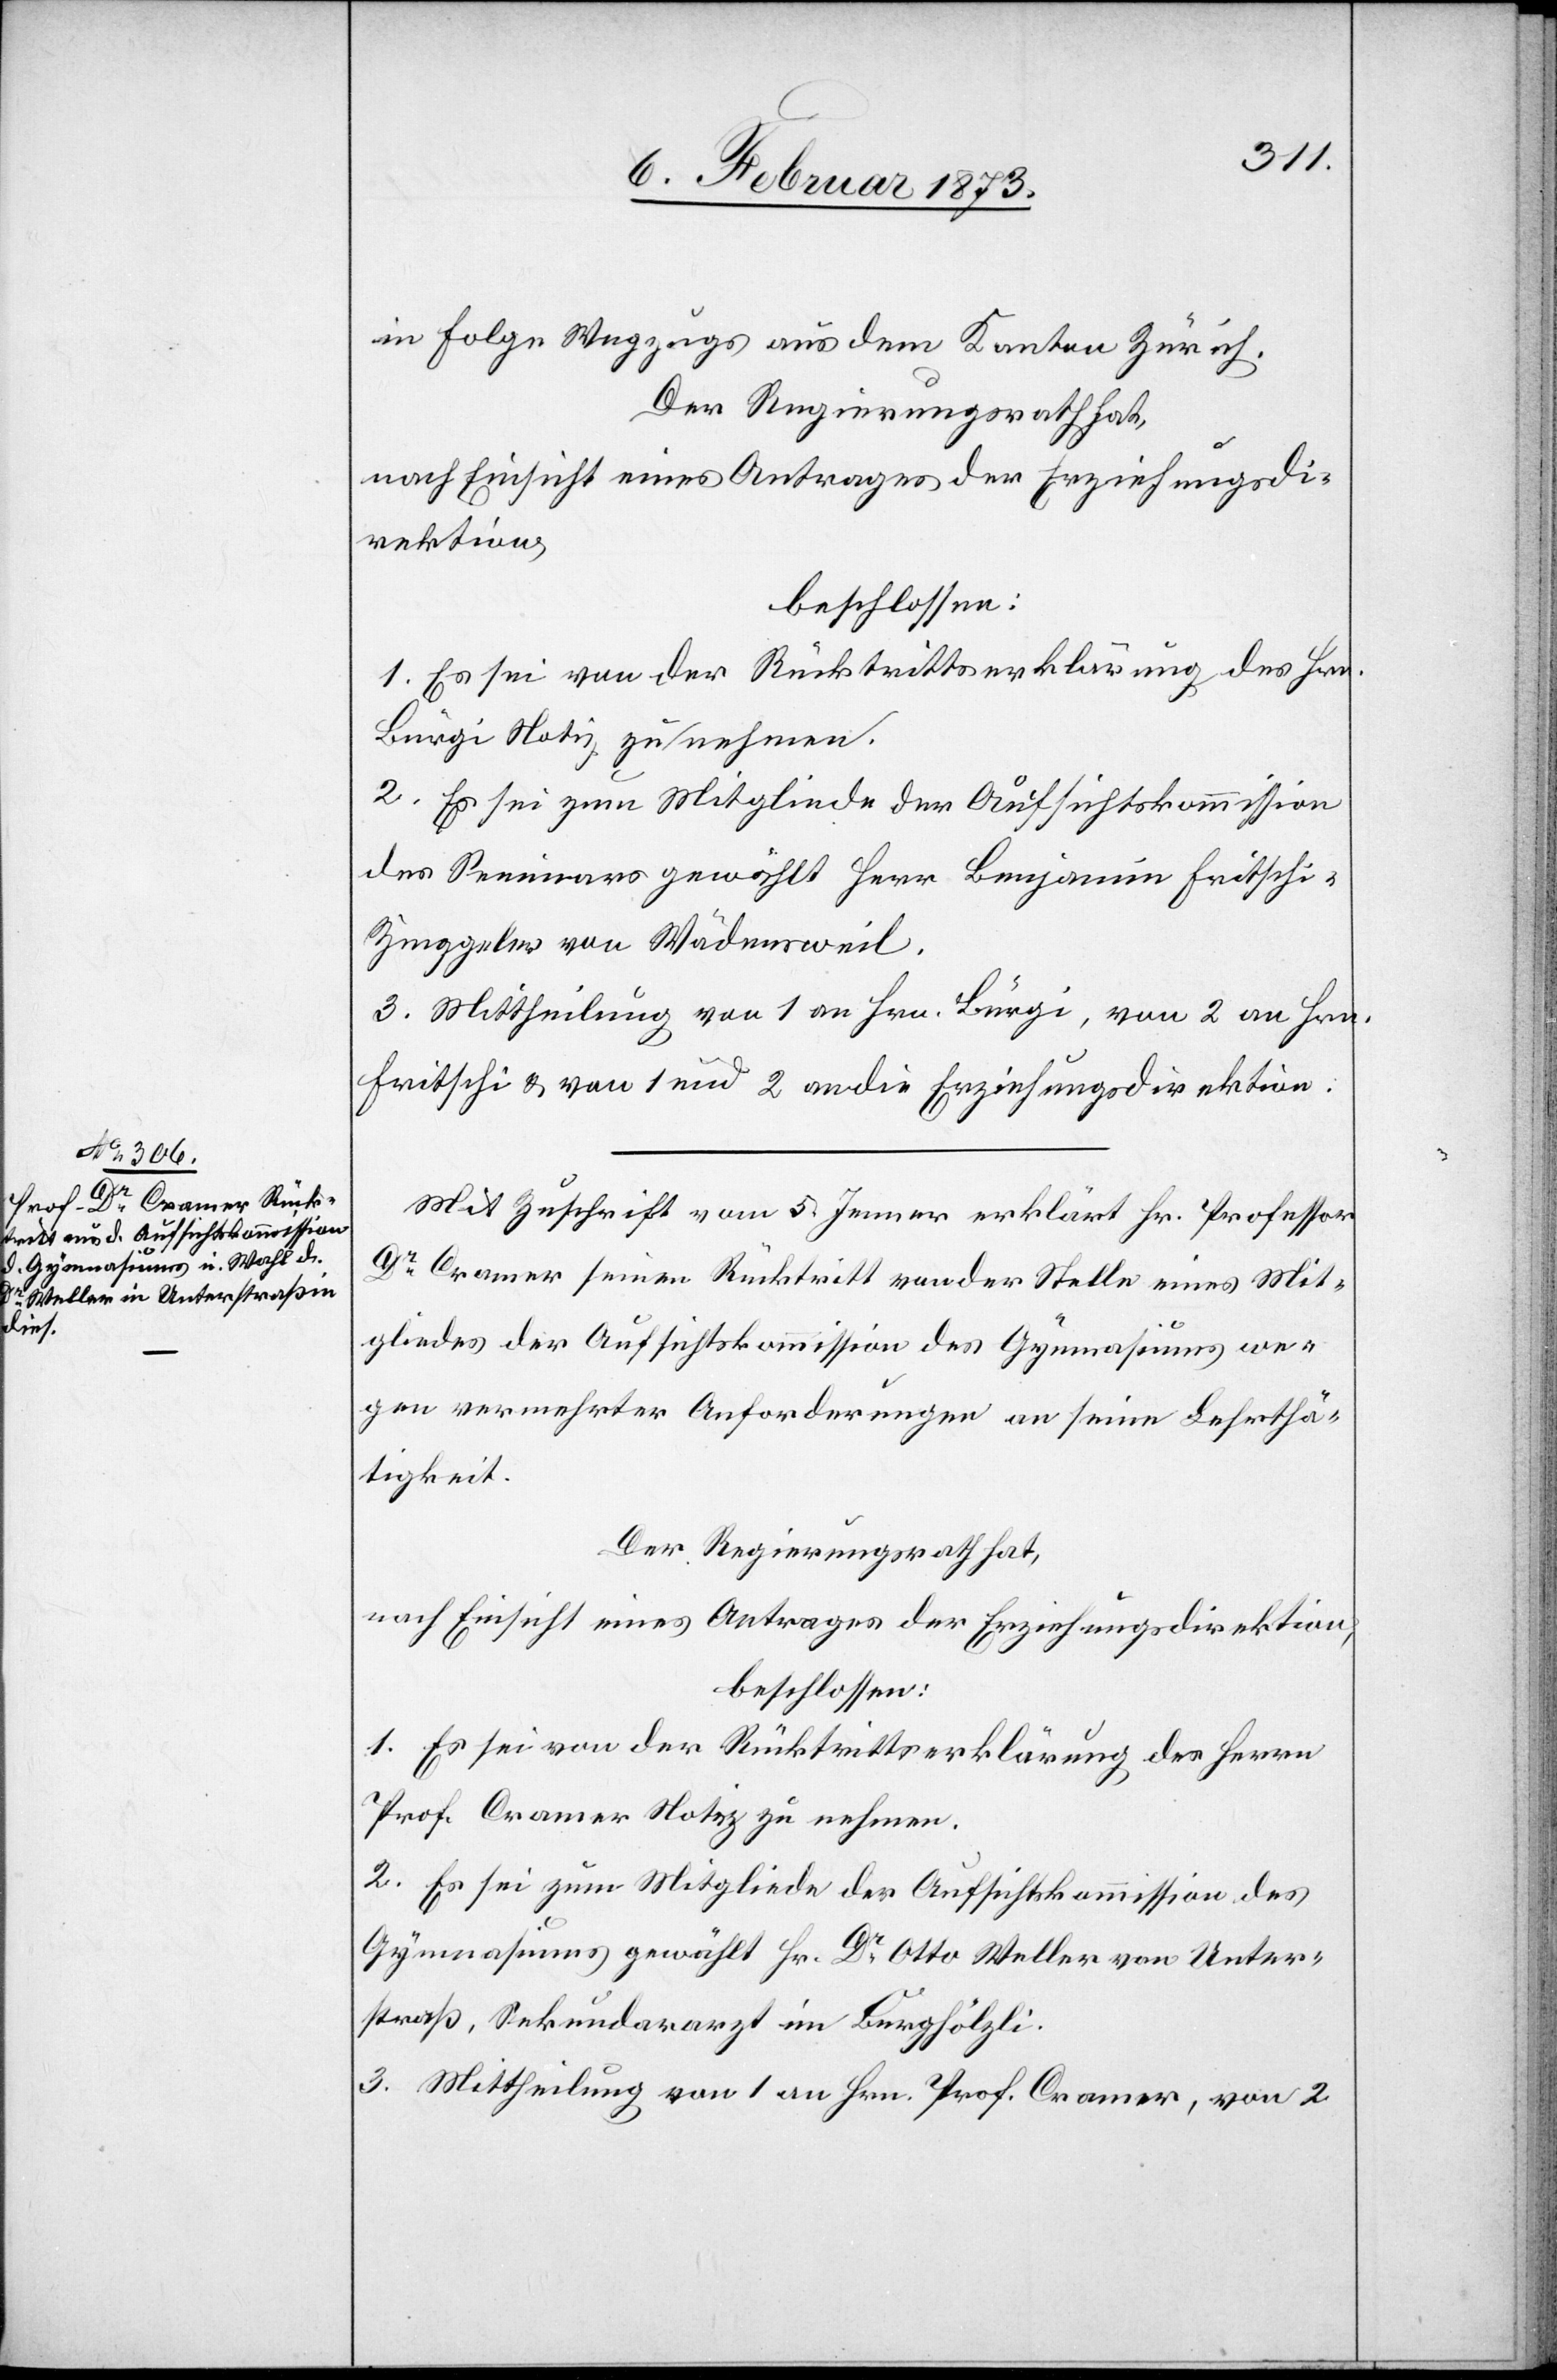
in Folge Wegzugs aus dem Kanton Zürich.
Der Regierungsrath hat,
nach Einsicht eines Antrages der Erziehungsdi¬
rektion,
beschlossen:
1. Es sei von der Rücktrittserklärung des Hrn.
Bürgi Notiz zu nehmen.
2. Es sei zum Mitgliede der Aufsichtskommission
des Seminars gewählt Herr Benjamin Fritsch¬
i-Zimppeler von Wädensweil.
3. Mittheilung von 1 an Hrn. Bürgi, von 2 an Hrn.
Fritschi u. von 1 und 2 an die Erziehungsdirektion.
Mit Zuschrift vom 5. Jenner erklärt Hr. Professor
Dr Cramer seinen Rücktritt von der Stelle eines Mit¬
gliedes der Aufsichtskommission des Gymnasiums we¬
gen vermehrter Anforderungen an seine Lehrthä¬
tigkeit.
Der Regierungsrath hat,
nach Einsicht eines Antrages der Erziehungsdirektion,
beschlossen:
1. Es sei von der Rücktrittserklärung des Herrn
Prof. Cramer Notiz zu nehmen.
2. Es sei zum Mitgliede der Aufsichtskommission des
Gymnasiums gewählt Hr. Dr Otto Weller von Unter¬
straß, Sekundararzt im Burghölzli.
3. Mittheilung von 1 an Hrn. Prof. Cramer, von 2